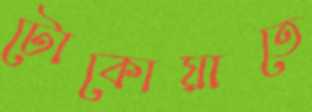
টোকোয়াতে